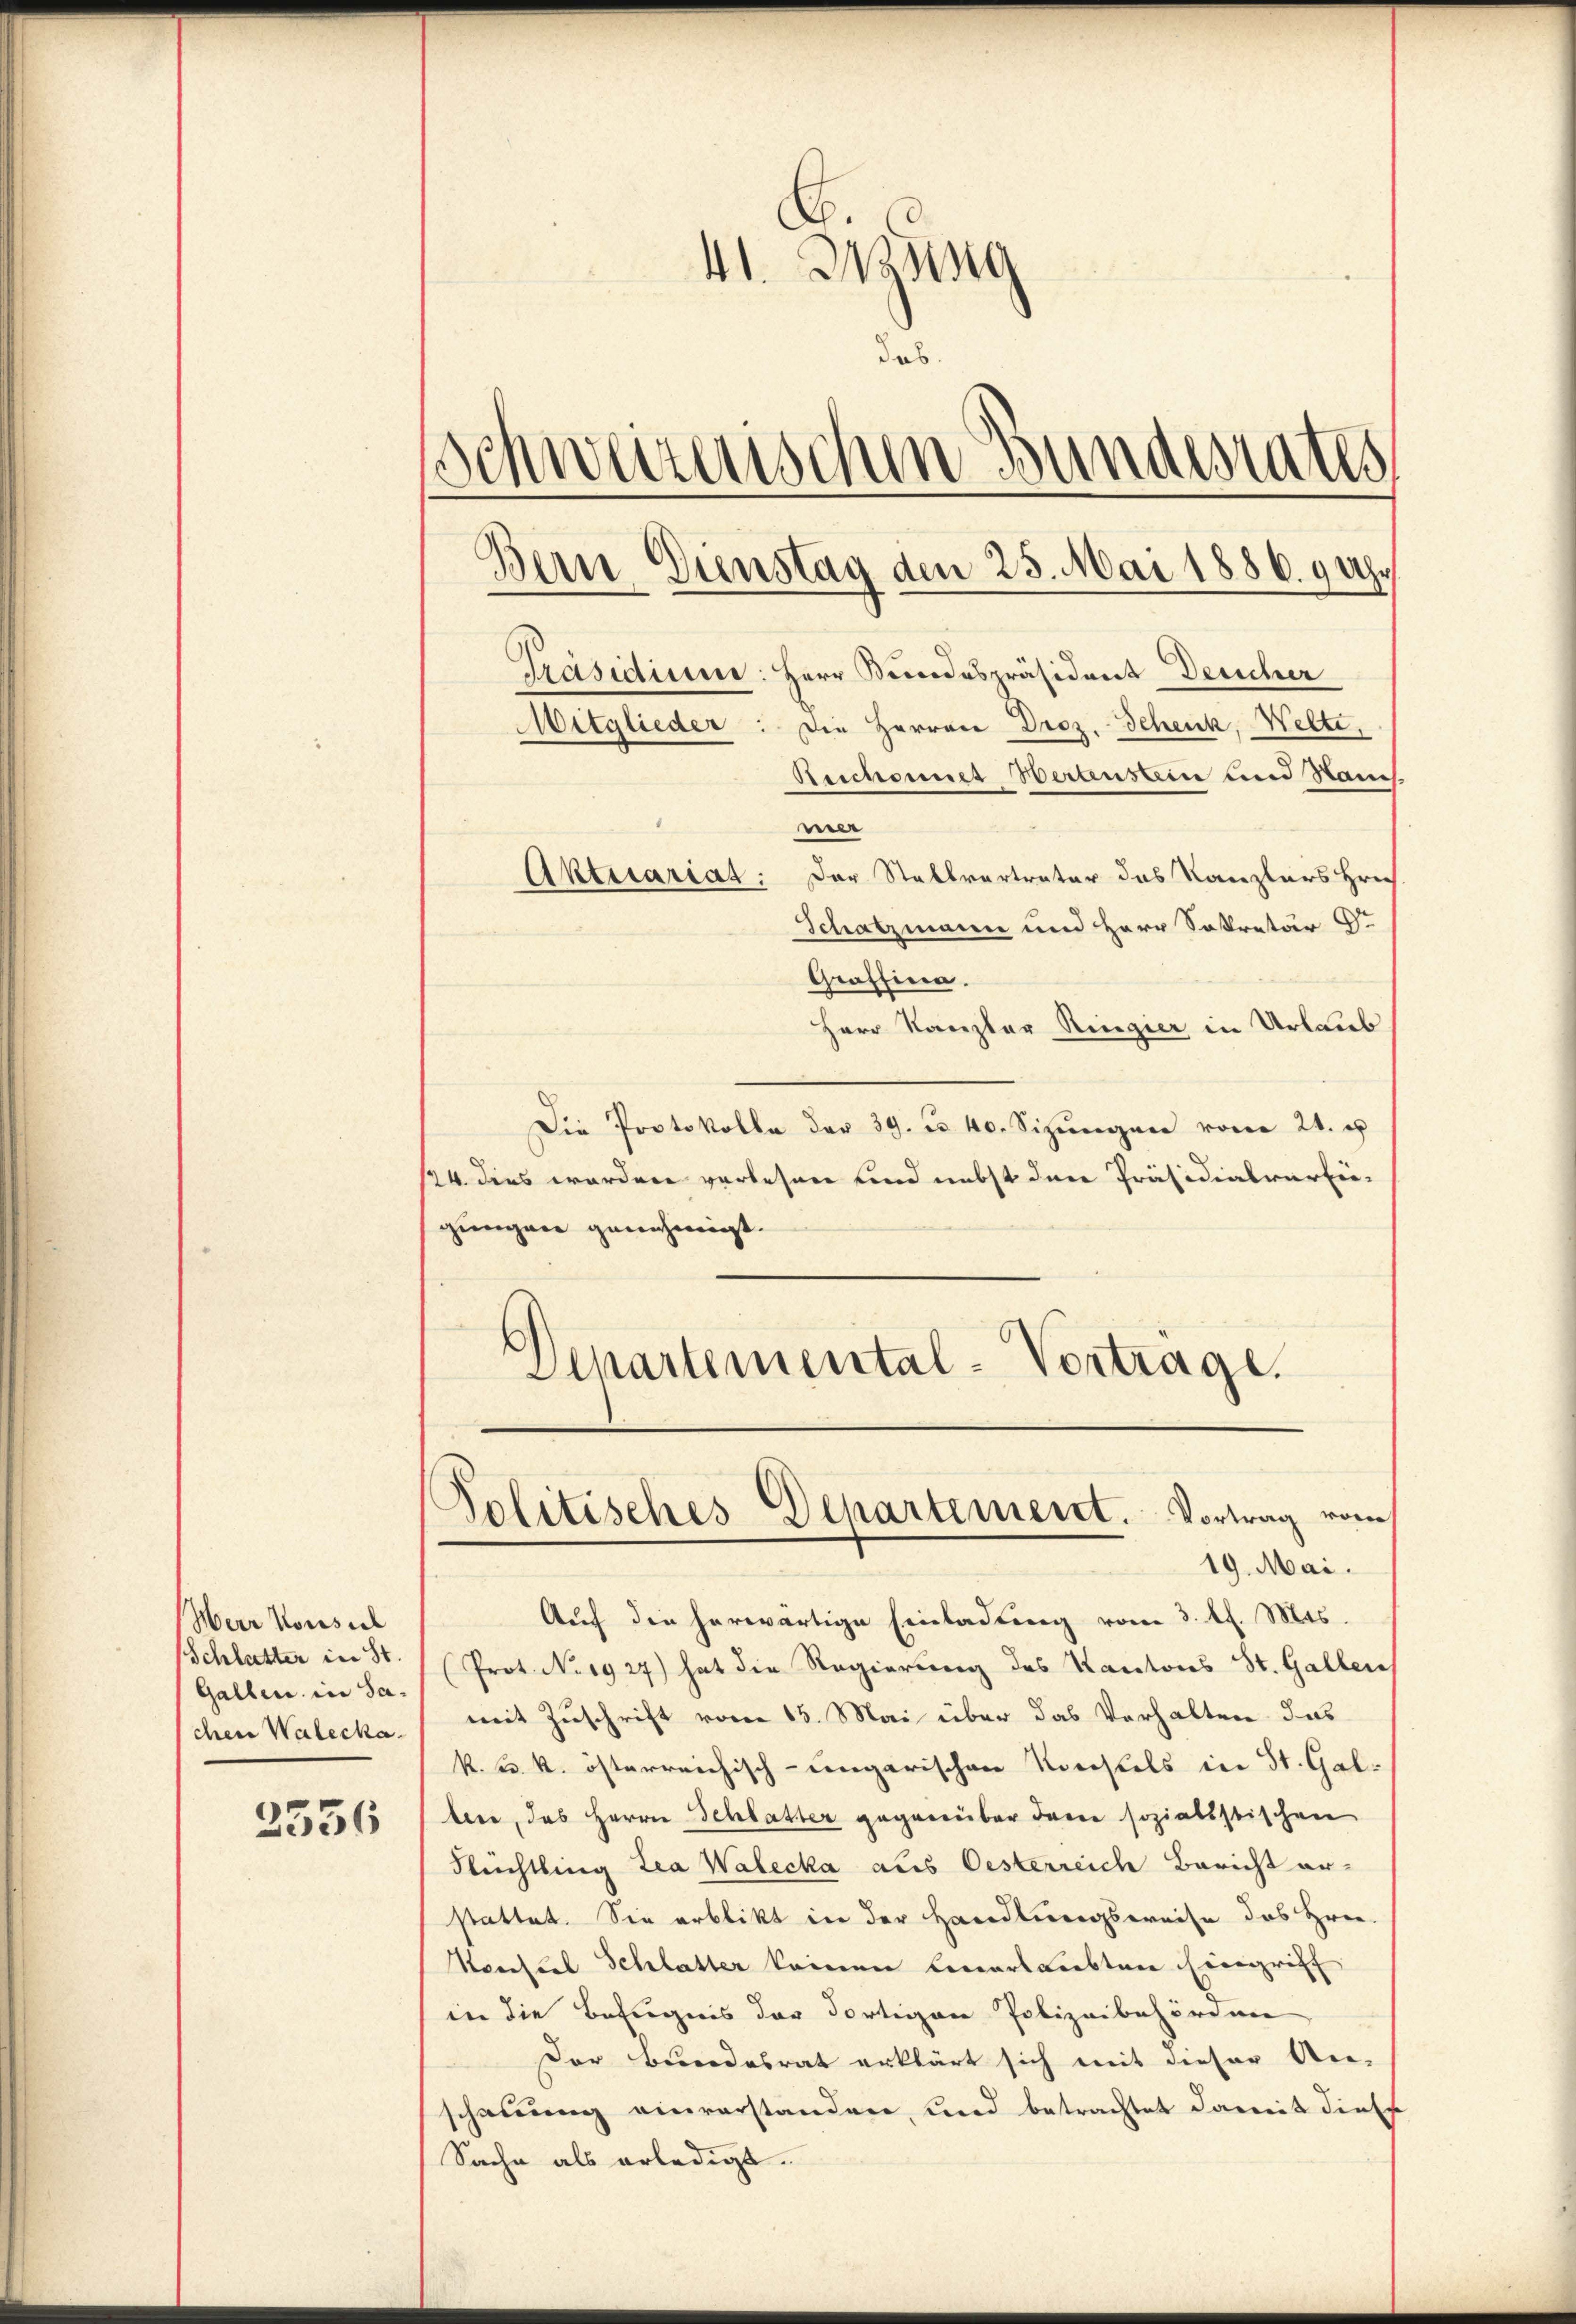
Herr Konsul
Schlatter in St.
Gallen in Sachen Walecka

2336

41. Mang
dab.
Schweizerischen Bundesrates
Bern Dienstag den 25. Mai 1886. 9 Uhr
Präsidium: Herr Bundespräsident Deucher
Mitglieder: die Herren Droz. Schenk, Welte,
Beschonnet Wertenstein und Rand

mer
Aktuariat: Der Stallvertreter das Kanzlers Hrn.
Schatzmann und Herr Sekretär S.
Graffina.
Herr Kanzler Ringier in Urlaub
Die Protokolle der 39. No 40. Sizungen vom 21. u
124 dies worden verlesen und nebst den Präsidialverfü-
gungen genehmigt.
Ahartemental-Vortrage.

Auf die herwärtige Einladung vom 3. d. Mts.
(Prot. No. 1927) hat die Regierung des Kantons St. Gallen
mit Zuschrift vom 15. Mai über das Verhalten das
k. k. k. österreichisch-ungarischen Korcskels in St. Gal-
bere, das Herrn Schlatter gegenüber darin sozialistischen
Flüchtling Lea Walecka aus Oesterreich Bericht er-
stattet. Sie erblikt in der Handlungsweise des Hree
Herfiel Schlatter keinen Coverlaubten Eingriff
in die Befugnis der dortigen Polizeibehörden
Der Besondesrat erklärt sich mit dieser An-
schauung einverstanden, und betrachtet damit diese
Sache als erledigt.

Politisches Departement. Vortrag vom
19. Mai.